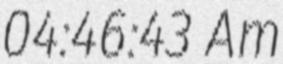
04:46:43 Am